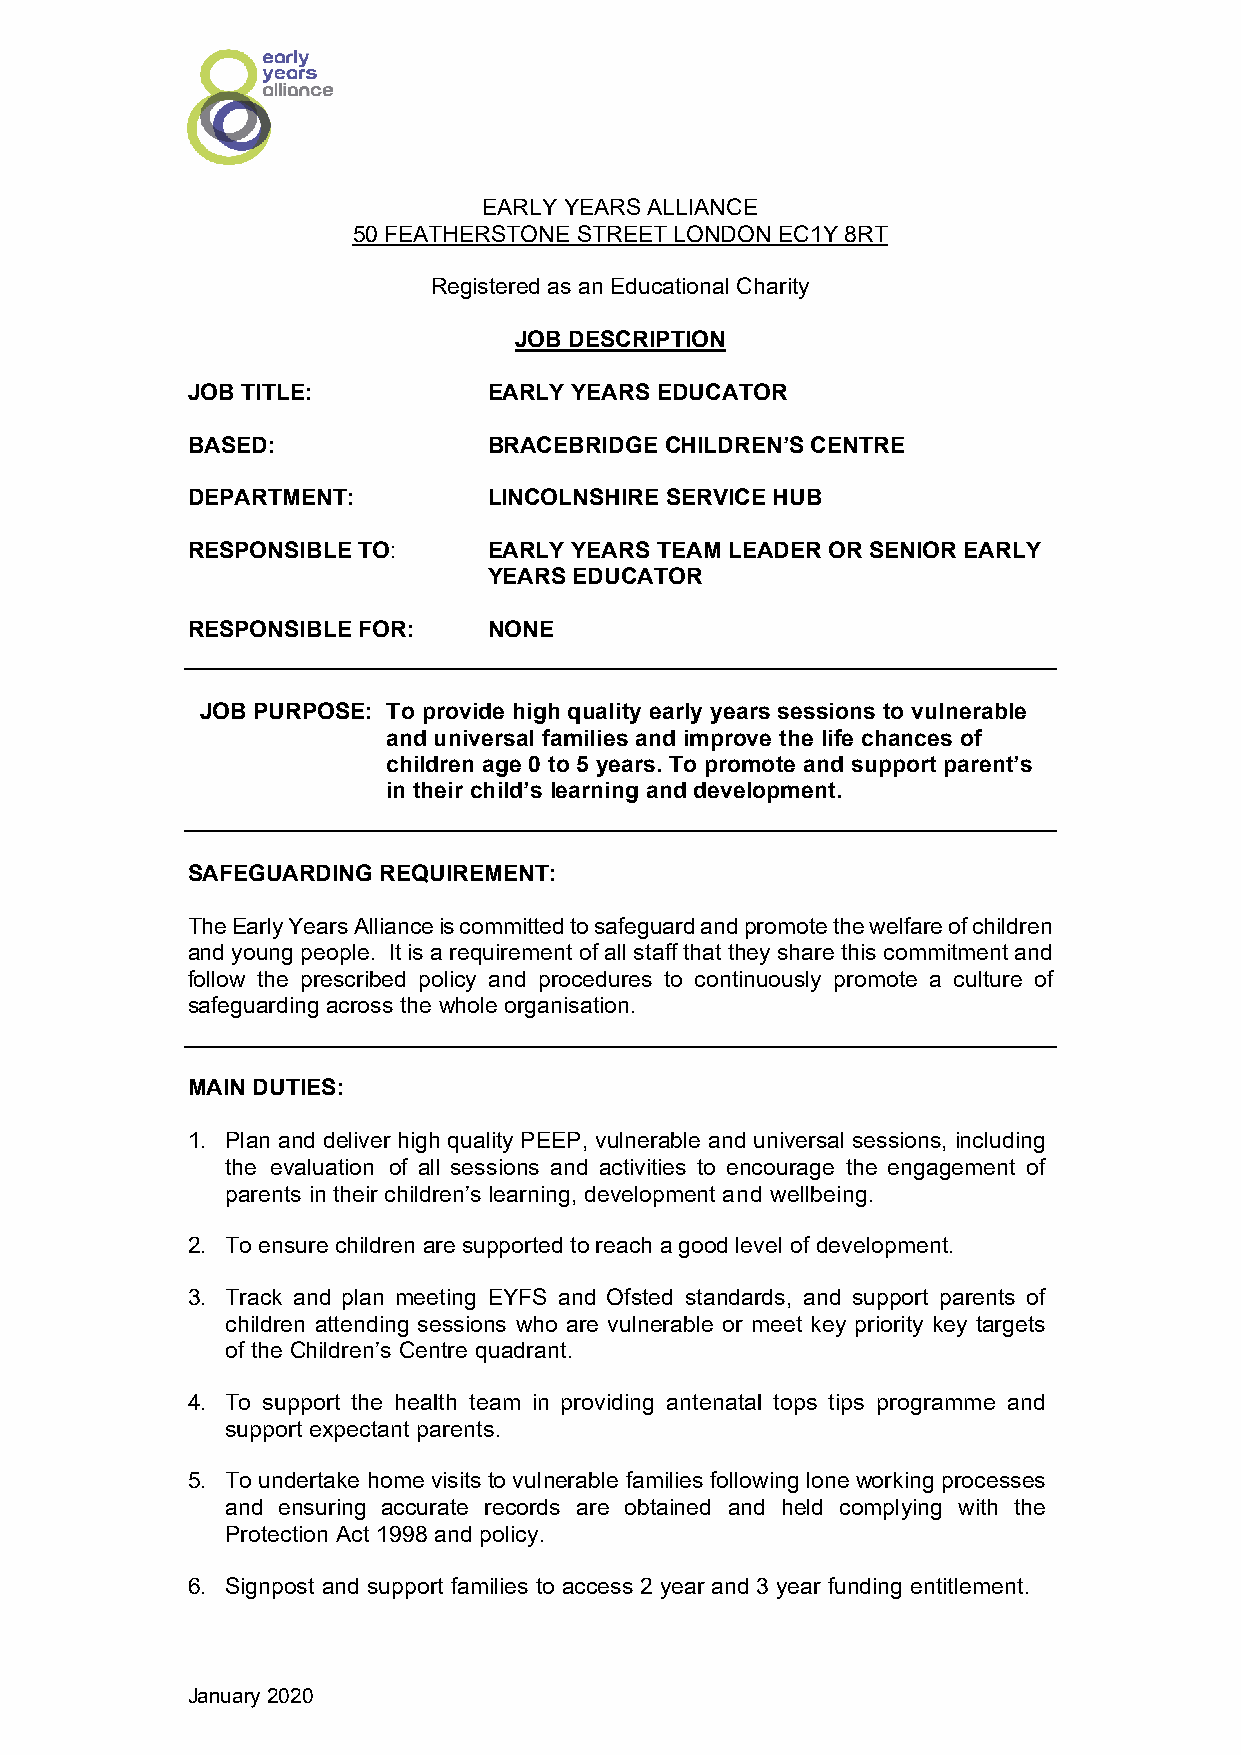
EARLY YEARS ALLIANCE
 50 FEATHERSTONE STREET LONDON EC1Y 8RT
 Registered as an Educational Charity
 JOB DESCRIPTION
 JOB TITLE:          EARLY YEARS EDUCATOR
 BASED:              BRACEBRIDGE CHILDREN’S CENTRE
 DEPARTMENT:         LINCOLNSHIRE SERVICE HUB
 RESPONSIBLE TO:     EARLY YEARS TEAM LEADER OR SENIOR EARLY
 YEARS EDUCATOR
 RESPONSIBLE FOR:    NONE
 JOB PURPOSE: To provide high quality early years sessions to vulnerable
 and universal families and improve the life chances of
 children age 0 to 5 years. To promote and support parent’s
 in their child’s learning and development.
 SAFEGUARDING REQUIREMENT:
 The Early Years Alliance is committed to safeguard and promote the welfare of children
 and young people. It is a requirement of all staff that they share this commitment and
 follow the prescribed policy and procedures to continuously promote a culture of
 safeguarding across the whole organisation.
 MAIN DUTIES:
 1. Plan and deliver high quality PEEP, vulnerable and universal sessions, including
 the evaluation of all sessions and activities to encourage the engagement of
 parents in their children’s learning, development and wellbeing.
 2. To ensure children are supported to reach a good level of development.
 3. Track and plan meeting EYFS and Ofsted standards, and support parents of
 children attending sessions who are vulnerable or meet key priority key targets
 of the Children’s Centre quadrant.
 4. To support the health team in providing antenatal tops tips programme and
 support expectant parents.
 5. To undertake home visits to vulnerable families following lone working processes
 and ensuring accurate records are obtained and held complying with the
 Protection Act 1998 and policy.
 6. Signpost and support families to access 2 year and 3 year funding entitlement.
 January 2020